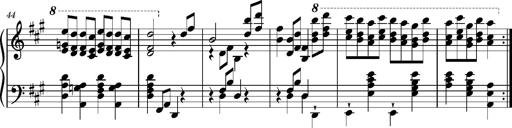
Title: RÃ¡kÃ³czi-Marsch, S.692d
Composer: Franz Liszt
Key: A minor